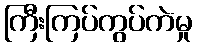
ကြီးကြပ်ကွပ်ကဲမှု